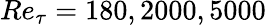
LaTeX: Re_{\tau}=180,2000,5000